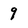
Character: 9